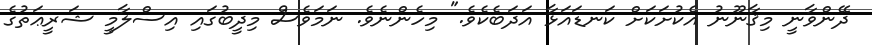
ދޭންވާނީ މިޤާނޫނު އެކުށަކަށް ކަނޑައަޅާ އަދަބެކެވެ." މިހެންނެވެ. ނަމަވެސް މިދީބުގައި އިސްލާމީ ޝަރީޢަތުގެ